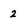
Character: 2